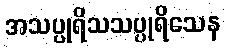
အသပ္ပုရိသသပ္ပုရိသေန